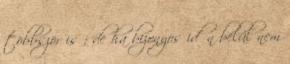
többször is ; de ha bizonyos időn belül nem